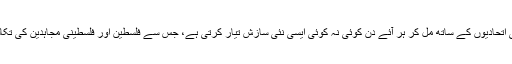
صیہونی لابی اپنے مغربی اور عربی اتحادیوں کے ساتھ مل کر ہر آئے دن کوئی نہ کوئی ایسی نئی سازش تیار کرتی ہے، جس سے فلسطین اور فلسطینی مجاہدین کی تکالیف اور مصائب میں اضافہ ہوتا ہے۔